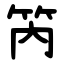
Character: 笍